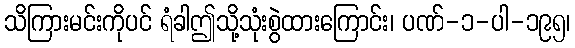
သိကြားမင်းကိုပင် ရံခါဤသို့သုံးစွဲထားကြောင်း၊ ပဏ်-၁-ပါ-၁၉၅၊